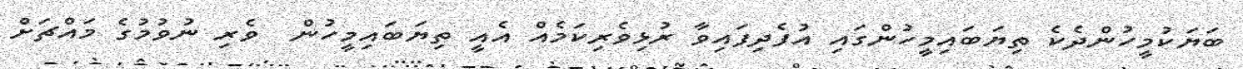
ބަޔަކުމީހުންދެކެ ތިޔަބައިމީހުންގައި އުފެދިފައިވާ ރުޅިވެރިކަމެއް އެއީ ތިޔަބައިމީހުން  ވެރި ނުވުމުގެ މައްޗަށް